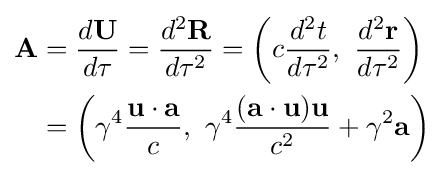
{\begin{aligned}\mathbf {A} &={\frac {d\mathbf {U} }{d\tau }}={\frac {d^{2}\mathbf {R} }{d\tau ^{2}}}=\left(c{\frac {d^{2}t}{d\tau ^{2}}},\ {\frac {d^{2}\mathbf {r} }{d\tau ^{2}}}\right)\\&=\left(\gamma ^{4}{\frac {\mathbf {u} \cdot \mathbf {a} }{c}},\ \gamma ^{4}{\frac {(\mathbf {a} \cdot \mathbf {u} )\mathbf {u} }{c^{2}}}+\gamma ^{2}\mathbf {a} \right)\end{aligned}}